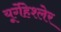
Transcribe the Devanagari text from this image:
यूर्गेंहेश्लेर